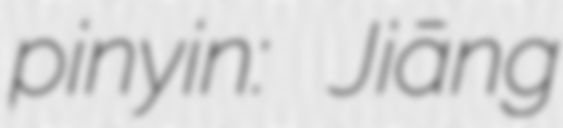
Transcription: pinyin: Jiāng